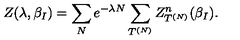
Z ( \lambda , \beta _ { I } ) = \sum _ { N } e ^ { - \lambda N } \sum _ { T ^ { ( N ) } } Z _ { T ^ { ( N ) } } ^ { n } ( \beta _ { I } ) .